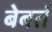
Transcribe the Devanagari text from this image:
बेबर्त